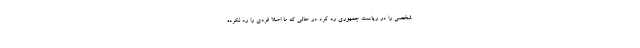
شخصی را در ریاست جمهوری رد کرد در حالی که ما اصلاً فردی را رد نکرده